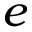
e